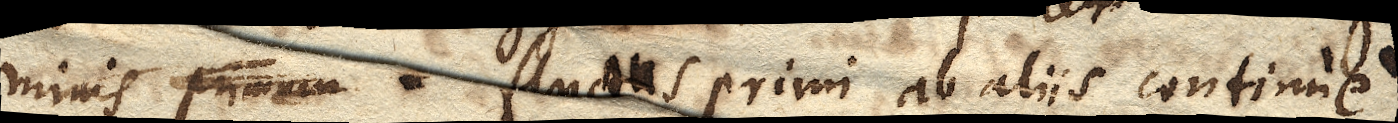
minis primum fluctus primi ab aliis continue